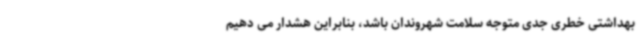
بهداشتی خطری جدی متوجه سلامت شهروندان باشد، بنابراین هشدار می دهیم